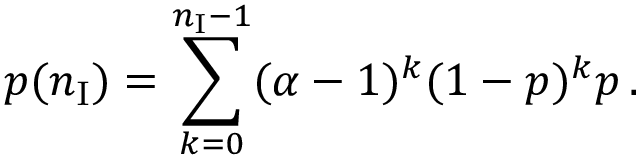
p ( n _ { \mathrm { I } } ) = \sum _ { k = 0 } ^ { n _ { \mathrm { I } } - 1 } ( \alpha - 1 ) ^ { k } ( 1 - p ) ^ { k } p \, .